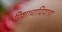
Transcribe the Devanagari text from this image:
पिशाचादियात्रा